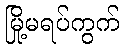
မြို့မရပ်ကွက်